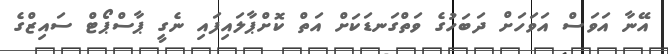
އޭނާ އަވަސް އަވަހަށް ދަބަހުގެ ވަތްގަނޑަކަށް އަތް ކޮށްޕާލައިފައި ނެގީ ޕާސްޕޯޓް ސައިޒްގެ